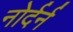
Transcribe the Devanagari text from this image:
नोर्दर्न